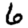
Digit: 6